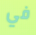
في